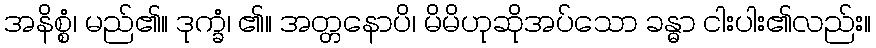
အနိစ္စံ၊ မည်၏။ ဒုက္ခံ၊ ၏။ အတ္တနောပိ၊ မိမိဟုဆိုအပ်သော ခန္ဓာ ငါးပါး၏လည်း။